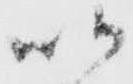
以